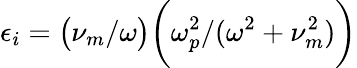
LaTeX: \epsilon_{i}=\big(\nu_{m}/\omega\big)\bigg(\omega_{p}^{2}/(\omega^{2}+\nu_{m}^{2})\bigg)